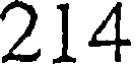
214